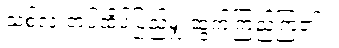
သစ်လုံးတပ်ထိပ်ပြည့်မျှ ထွက်ကြည့်ကြ၏ ။